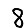
Digit: 8